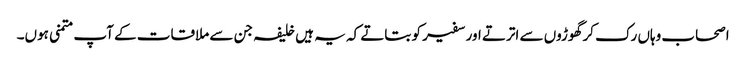
اصحاب وہاں رک کر گھوڑوں سے اترتے اور سفیر کو بتاتے کہ یہ ہیں خلیفہ جن سے ملاقات کے آپ متمنی ہوں۔